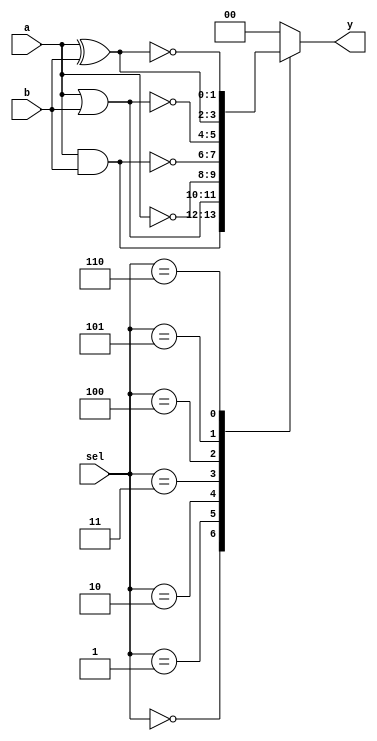
module covered_cell (
    input wire [1:0] a,       // 2-bit input
    input wire [1:0] b,       // 2-bit input
    input wire [2:0] sel,     // Select signal for operation
    output reg [1:0] y        // 2-bit output
);

// Define the logical operations
localparam AND  = 3'b000;
localparam OR   = 3'b001;
localparam NOT  = 3'b010; // Only applies to input a
localparam NAND = 3'b011;
localparam NOR  = 3'b100;
localparam XOR  = 3'b101;
localparam XNOR = 3'b110;

// Always block for combinational logic
always @(*) begin
    case (sel)
        AND:  y = a & b;       // AND operation
        OR:   y = a | b;       // OR operation
        NOT:  y = ~a;          // NOT operation (only on a)
        NAND: y = ~(a & b);    // NAND operation
        NOR:  y = ~(a | b);    // NOR operation
        XOR:  y = a ^ b;       // XOR operation
        XNOR: y = ~(a ^ b);    // XNOR operation
        default: y = 2'b00;    // Default case
    endcase
end

endmodule